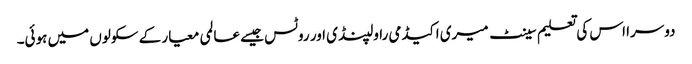
دوسرا اس کی تعلیم سینٹ میری اکیڈمی راولپنڈی اور روٹس جیسے عالمی معیار کے سکولوں میں ہوئی۔